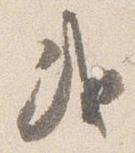
或